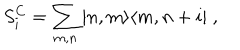
S _ { i } ^ { C } = \sum _ { m , n } ^ { } | n , m \rangle \langle m , n + i | \; ,